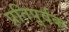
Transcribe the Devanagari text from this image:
प्रतिपूर्वक